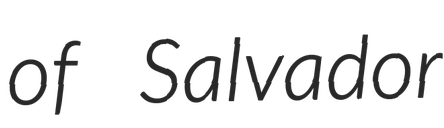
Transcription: of Salvador